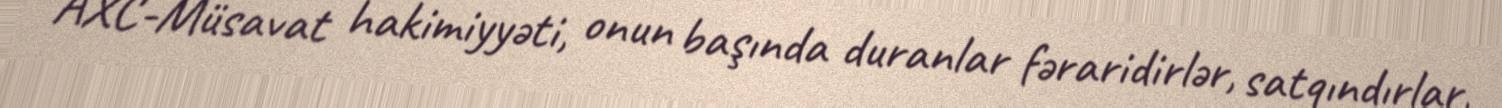
AXC-Müsavat hakimiyyəti, onun başında duranlar fəraridirlər, satqındırlar,